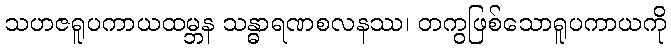
သဟဇရူပကာယထမ္ဘန သန္ဓာရဏစလနဿ၊ တကွဖြစ်သောရူပကာယကို